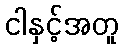
ငါနှင့်အတူ